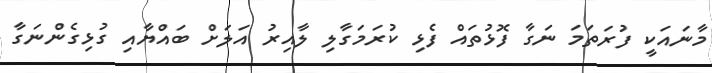
މާނައަކީ ފުރަތަމަ ނަގާ ފޮޅުތައް ފެޅި ކުރަމަގާލި ލާއިރު އަލަށް ބައްޔާއި ގުޅިގެންނަގާ